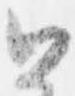
公